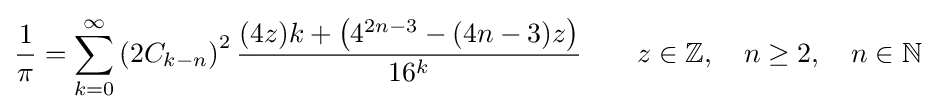
{\frac {1}{\pi }}=\sum _{k=0}^{\infty }\left(2C_{k-n}\right)^{2}{\frac {(4z)k+\left(4^{2n-3}-(4n-3)z\right)}{16^{k}}}\qquad z\in \mathbb {Z} ,\quad n\geq 2,\quad n\in \mathbb {N}